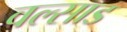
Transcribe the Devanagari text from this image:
वल्साड